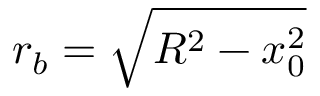
r _ { b } = \sqrt { R ^ { 2 } - x _ { 0 } ^ { 2 } }